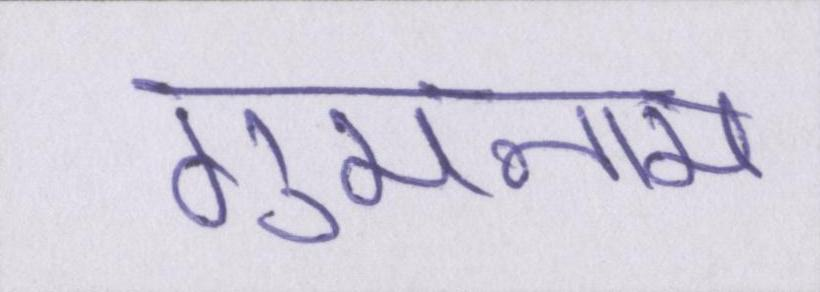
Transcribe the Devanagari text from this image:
गुमनाम